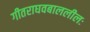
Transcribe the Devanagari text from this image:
गीतराघवबाललीलः